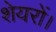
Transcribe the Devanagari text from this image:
शेयरों।